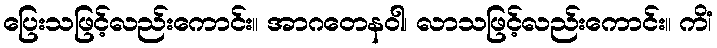
ပြေးသဖြင့်လည်းကောင်း။ အာဂတေနဝါ၊ လာသဖြင့်လည်းကောင်း။ ကိံ၊